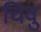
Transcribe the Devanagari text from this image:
चिवु